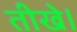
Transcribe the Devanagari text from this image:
तीखे।